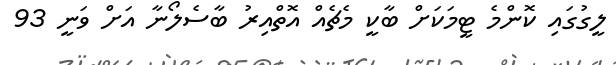
ލީގުގައި ކޮންމެ ޓީމަކަށް ބާކީ މެޗެއް އޮތްއިރު ބާސެލޯނާ އަށް ވަނީ 93